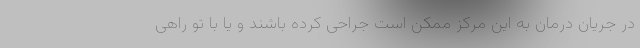
در جریان درمان به این مرکز ممکن است جراحی کرده باشند و یا با تو راهی